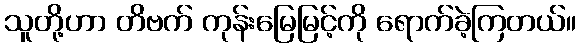
သူတို့ဟာ တိဗက် ကုန်းမြေမြင့်ကို ရောက်ခဲ့ကြတယ်။